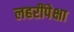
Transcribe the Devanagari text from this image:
लहरींपेक्षा